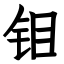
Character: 钼